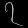
Digit: ၇